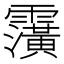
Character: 𮦹